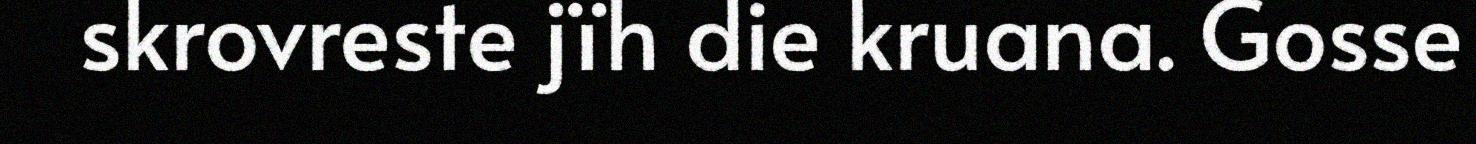
skrovreste jïh die kruana. Gosse